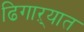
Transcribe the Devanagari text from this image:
ढिगाऱ्यात